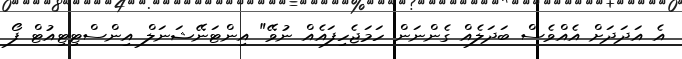
އެ އަދަދަށް އެއްވެސް ބަދަލެއް ގެންނަން ހަމަޖެހިފައެއް ނުވޭ" އިންޓަނޭޝަނަލް އިންސްޓިޓިއުޓް ފޯ